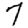
Digit: 7